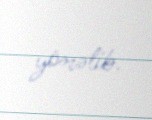
yönəlib.